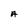
Character: A